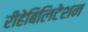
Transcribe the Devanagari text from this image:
रीहेबिलिटेशन